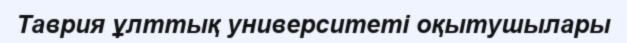
Таврия ұлттық университеті оқытушылары